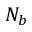
N _ { b }